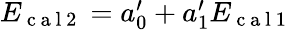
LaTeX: \begin{array}{r}{E_{\mathrm{~c~a~l~2~}}=a_{0}^{\prime}+a_{1}^{\prime}E_{\mathrm{~c~a~l~1~}}}\end{array}